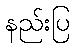
နည်းပြ